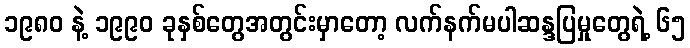
၁၉၈၀ နဲ့ ၁၉၉၀ ခုနှစ်တွေအတွင်းမှာတော့ လက်နက်မပါဆန္ဒပြမှုတွေရဲ့ ၆၅